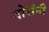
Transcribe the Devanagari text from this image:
दोरांनी